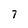
Character: 7